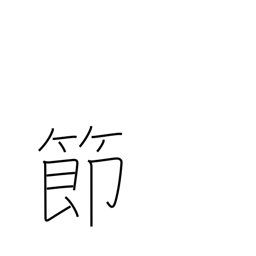
Meaning: knot